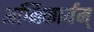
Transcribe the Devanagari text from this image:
अग्निकार्यम्